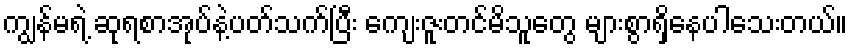
ကျွန်မရဲ့ ဆုရစာအုပ်နဲ့ပတ်သက်ပြီး ကျေးဇူးတင်မိသူတွေ များစွာရှိနေပါသေးတယ်။